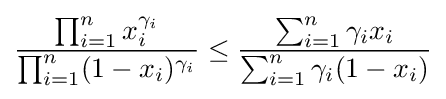
{\frac {\prod _{i=1}^{n}x_{i}^{\gamma _{i}}}{\prod _{i=1}^{n}(1-x_{i})^{\gamma _{i}}}}\leq {\frac {\sum _{i=1}^{n}\gamma _{i}x_{i}}{\sum _{i=1}^{n}\gamma _{i}(1-x_{i})}}